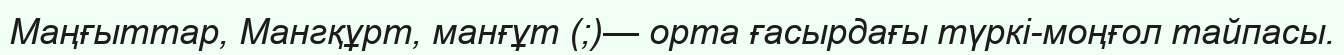
Маңғыттар, Мангқұрт, манғұт (;)— орта ғасырдағы түркі-моңғол тайпасы.